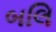
બલિ